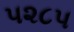
૫૨૮૫